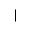
|